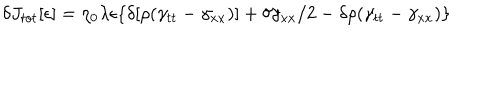
LaTeX: \delta J _ { t o t } [ \epsilon ] = \eta _ { 0 } \lambda \epsilon \{ \delta [ \rho ( \gamma _ { t t } - \gamma _ { x x } ) ] + \delta \gamma _ { x x } / 2 - \delta \rho ( \gamma _ { t t } - \gamma _ { x x } ) \}